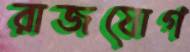
রাজযোগ